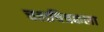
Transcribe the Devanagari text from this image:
चलचित्रकला